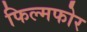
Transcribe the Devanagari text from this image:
फिल्मफोर